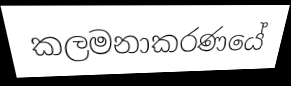
කලමනාකරණයේ